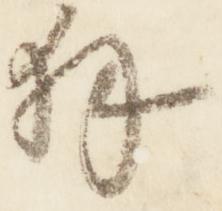
拝